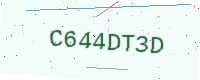
Text: C644DT3D